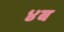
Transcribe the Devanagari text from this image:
४ब